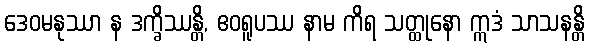
ဒေဝမနုဿာ န ဒက္ခိဿန္တိ, ဧဝရူပဿ နာမ ကိရ သတ္ထုနော ဣဒံ သာသနန္တိ